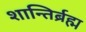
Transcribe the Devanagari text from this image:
शान्तिर्ब्रह्म